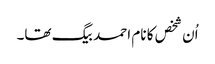
اُن شخص کا نام احمد بیگ تھا۔